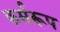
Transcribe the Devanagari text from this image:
कर्मरूप